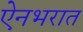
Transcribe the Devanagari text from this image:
ऐनभरात